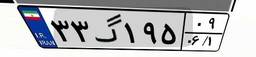
۳۳گ۱۹۵۰۹